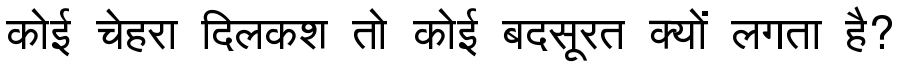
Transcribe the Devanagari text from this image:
कोई चेहरा दिलकश तो कोई बदसूरत क्यों लगता है?